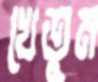
খেতুম